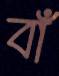
বাঁ